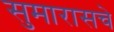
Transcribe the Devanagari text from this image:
सुमारासचे